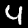
Label: 4